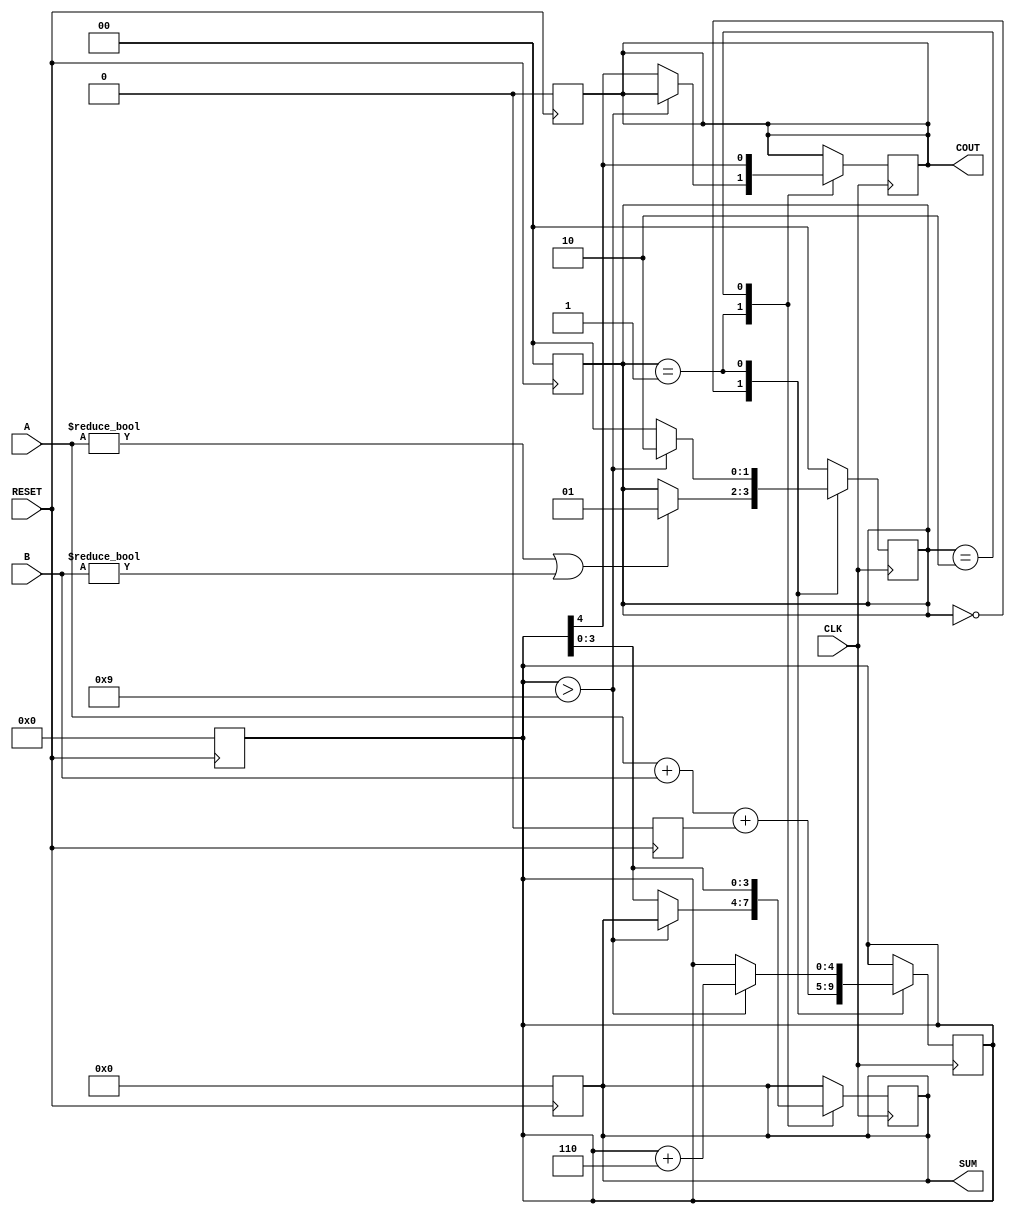
module BCD_Sequential_Adder (
    input [3:0] A,
    input [3:0] B,
    input CLK,
    input RESET,
    output reg [3:0] SUM,
    output reg COUT
);

    reg [4:0] TEMP_SUM; // 5-bit register to hold the sum of A, B and carry
    reg [1:0] state;    // State register
    reg C_IN;           // Carry input from previous addition

    // State encoding
    localparam IDLE = 2'b00;
    localparam ADD  = 2'b01;
    localparam ADJUST = 2'b10;

    // Asynchronous reset
    always @(posedge RESET) begin
        SUM <= 4'b0000;
        COUT <= 1'b0;
        TEMP_SUM <= 5'b00000;
        state <= IDLE;
        C_IN <= 1'b0;
    end

    // State machine for BCD addition
    always @(posedge CLK) begin
        case (state)
            IDLE: begin
                TEMP_SUM <= A + B + C_IN; // Initial addition
                if (A != 4'b0000 || B != 4'b0000) begin
                    state <= ADD;
                end
            end
            
            ADD: begin
                if (TEMP_SUM > 9) begin
                    TEMP_SUM <= TEMP_SUM + 5'b00110; // Adjust for BCD
                    state <= ADJUST;
                end else begin
                    SUM <= TEMP_SUM[3:0]; // Valid BCD, assign to SUM
                    COUT <= TEMP_SUM[4];  // Set carry out
                    state <= IDLE;        // Return to idle
                end
            end
            
            ADJUST: begin
                SUM <= TEMP_SUM[3:0]; // Assign adjusted SUM
                COUT <= TEMP_SUM[4];   // Set carry out
                state <= IDLE;         // Return to idle
            end
            
            default: begin
                state <= IDLE; // Default case to prevent latching
            end
        endcase
    end

endmodule